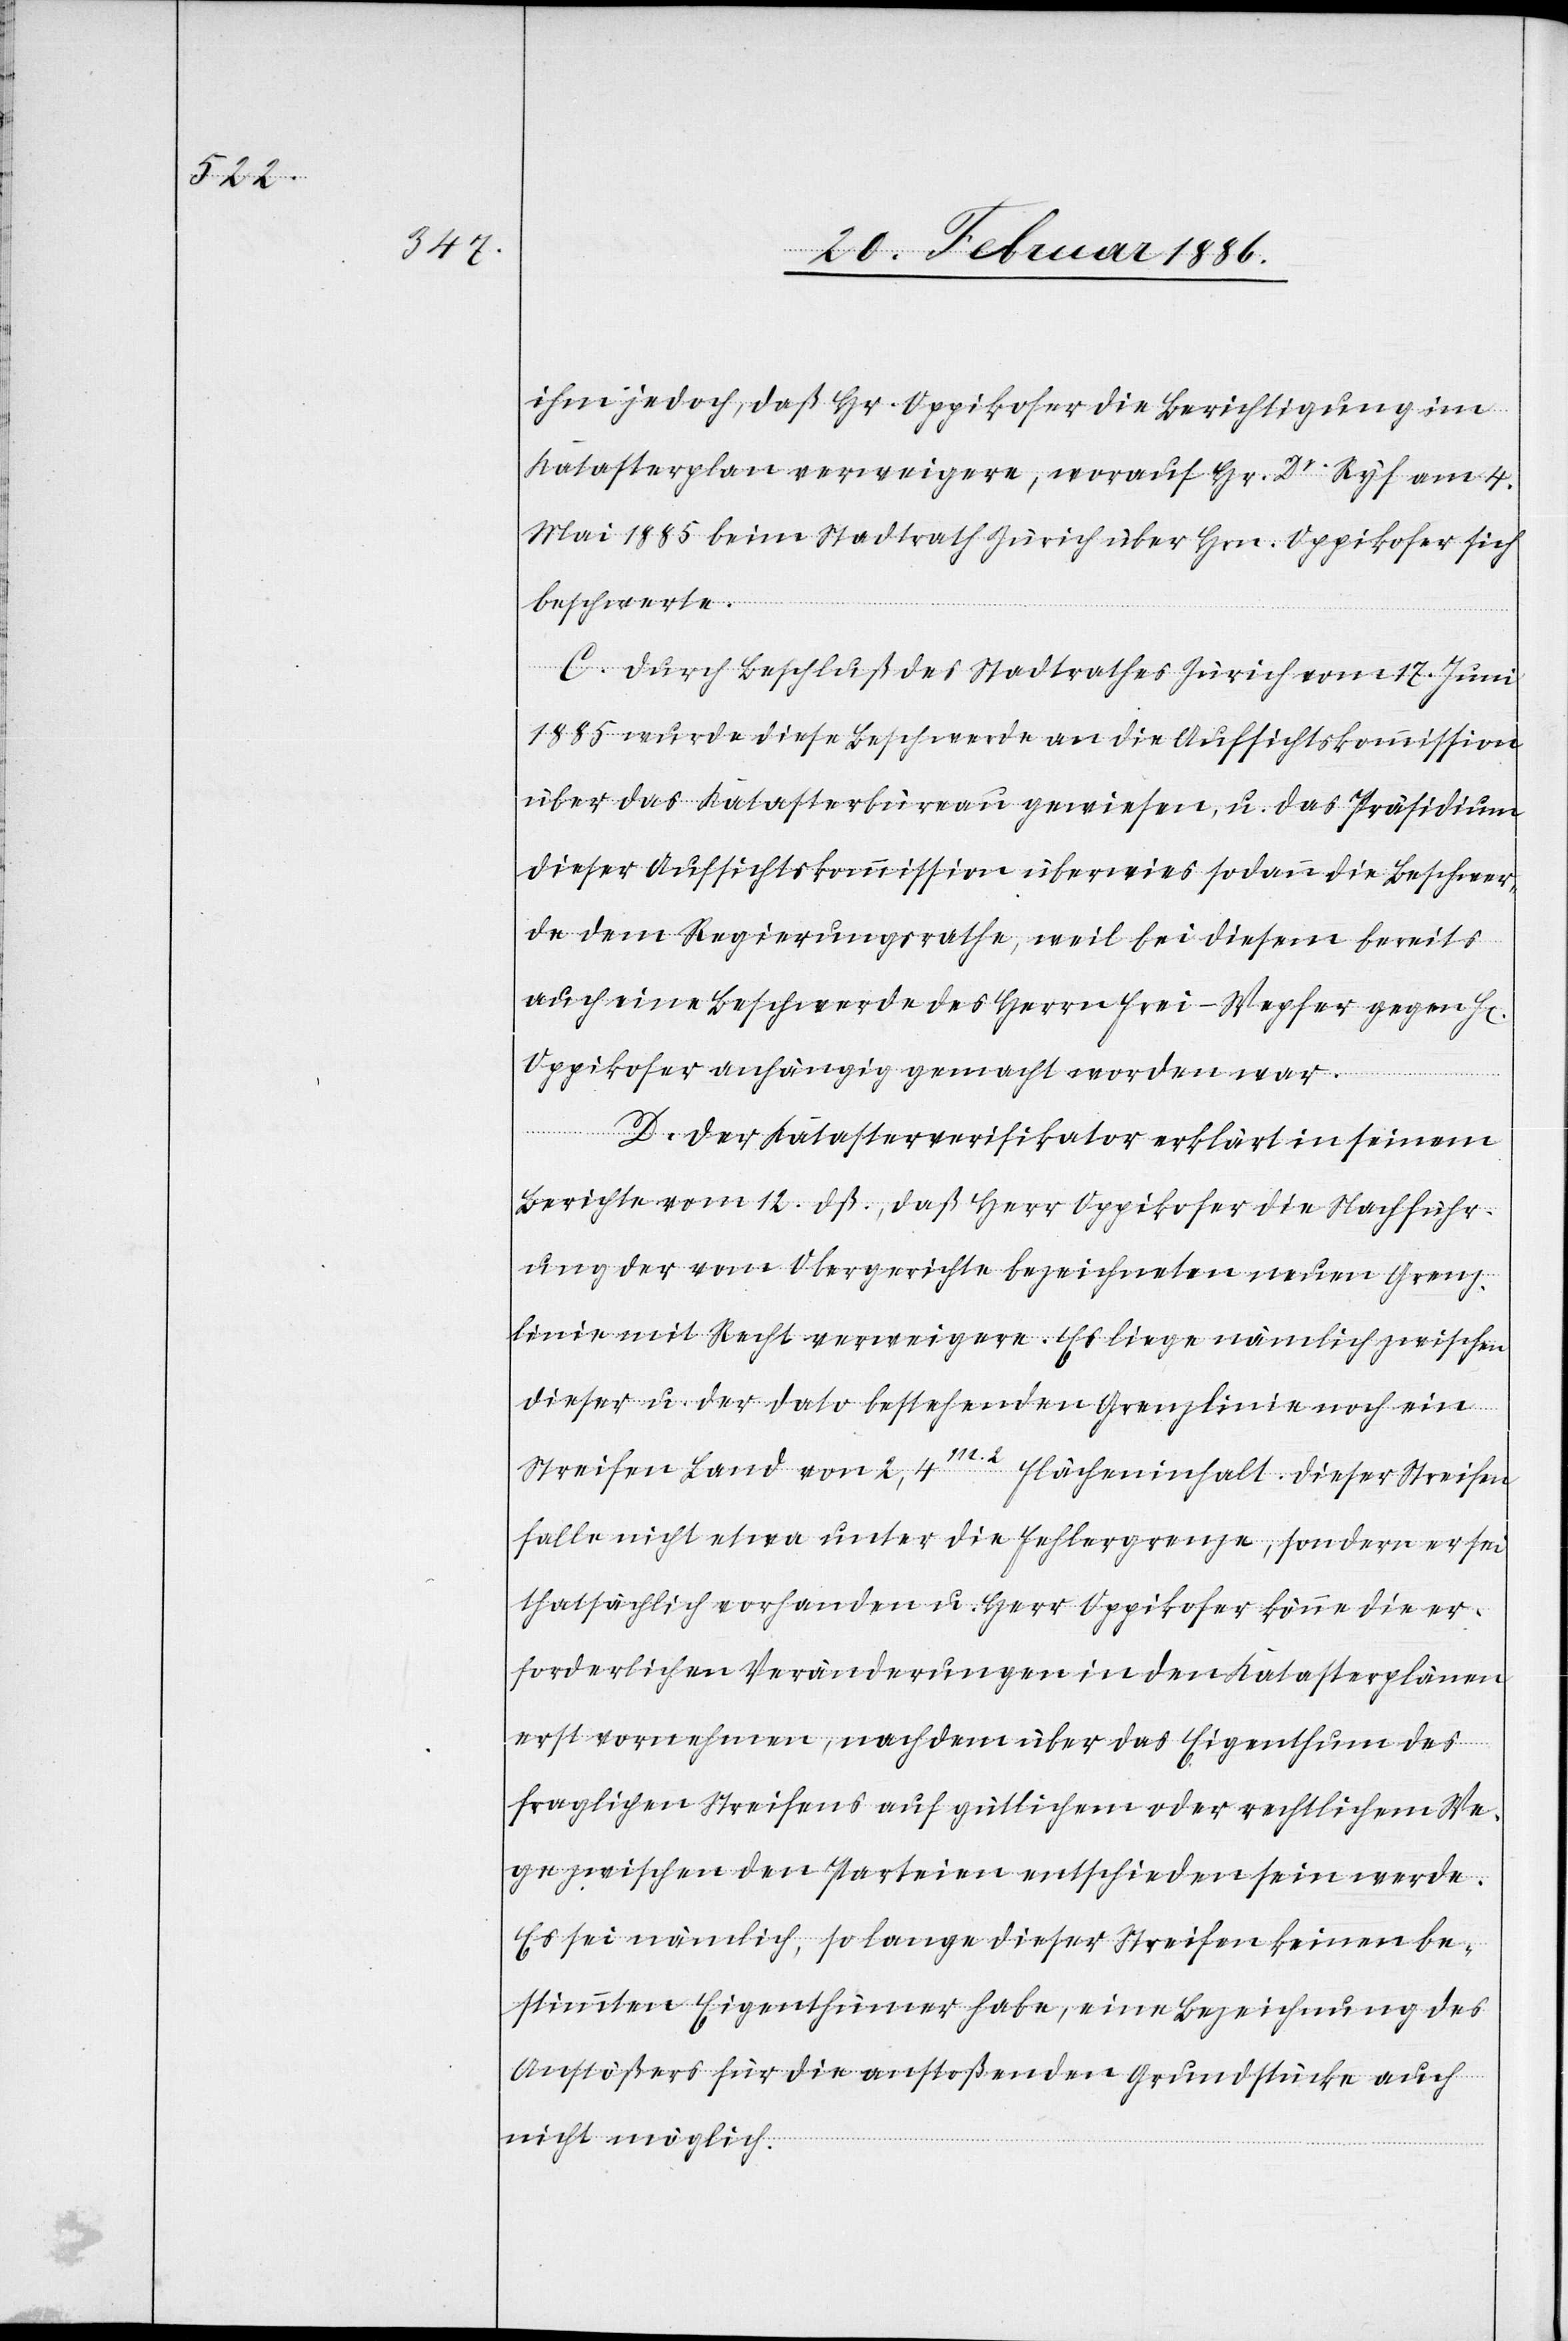
ihm jedoch, daß Hr. Oppikofer die Berichtigung im
Katasterplan verweigere, worauf Hr. Dr. Ryf am 4.
Mai 1885 beim Stadtrath Zürich über Hrn. Oppikofer sich
beschwerte.
C. Durch Beschluß des Stadtrathes Zürich vom 17. Juni
1885 wurde diese Beschwerde an die Aufsichtskommission
über das Katasterbüreau gewiesen, u. das Präsidium
dieser Aufsichtskommission überwies sodann die Beschwer¬
de dem Regierungsrathe, weil bei diesem bereits
auch eine Beschwerde des Herrn Frei-Wepfer gegen Hr.
Oppikofer anhängig gemacht worden war.
D. Der Katasterverifikator erklärt in seinem
Berichte vom 12. dß., daß Herr Oppikofer die Nachführ¬
ung der vom Obergerichte bezeichneten neuen Grenz¬
linie mit Recht verweigere. Es liege nämlich zwischen
dieser u. der dato bestehenden Grenzlinie noch ein
Streifen Land von 2,4m.2 Flächeninhalt. Dieser Streifen
falle nicht etwa unter die Fehlergrenze, sondern er sei
thatsächlich vorhanden u. Herr Oppikofer könne die er¬
forderlichen Veränderungen in den Katasterplänen
erst vornehmen, nachdem über das Eigenthum des
fraglichen Streifens auf gütlichem oder rechtlichem We¬
ge zwischen den Parteien entschieden sein werde.
Es sei nämlich, so lange dieser Streifen keinen be¬
stimmten Eigenthümer habe, eine Bezeichnung des
Anstößers für die anstoßenden Grundstücke auch
nicht möglich.